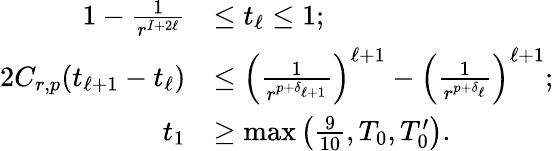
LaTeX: \begin{array}{rl}{1-\frac{1}{r^{I+2\ell}}}&{\leq t_{\ell}\leq 1;}\\ {2C_{r,p}(t_{\ell+1}-t_{\ell})}&{\leq\left(\frac{1}{r^{p+\delta_{\ell+1}}}\right)^{\ell+1}-\left(\frac{1}{r^{p+\delta_{\ell}}}\right)^{\ell+1};}\\ {t_{1}}&{\geq\operatorname*{max}\left(\frac{9}{10},T_{0},T_{0}^{\prime}\right).}\end{array}